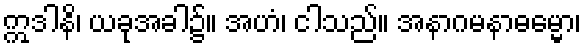
ဣဒါနိ၊ ယခုအခါ၌။ အဟံ၊ ငါသည်။ အနာဂမနာဓမ္မော၊